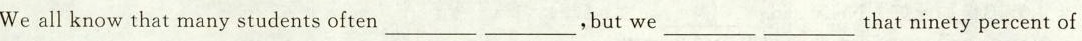
We all know that many students often_________ _________,but we_________ _________that ninety percent of